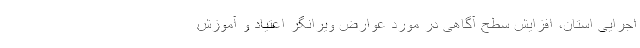
اجرایی استان، افزایش سطح آگاهی در مورد عوارض ویرانگر اعتیاد و آموزش